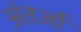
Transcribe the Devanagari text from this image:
अंतर्जा